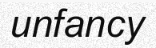
unfancy